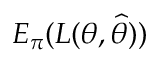
E _ { \pi } ( L ( \theta , { \widehat { \theta } } ) )